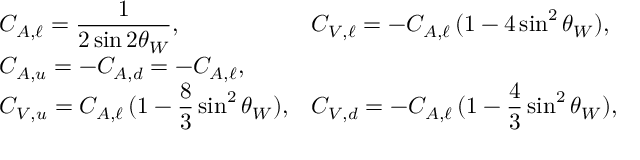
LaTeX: \begin{array} { l l } { { C _ { A , \ell } = \displaystyle \frac { 1 } { 2 \sin 2 \theta _ { W } } , } } & { { C _ { V , \ell } = - C _ { A , \ell } \, ( 1 - 4 \sin ^ { 2 } \theta _ { W } ) , } } \\ { { C _ { A , u } = - C _ { A , d } = - C _ { A , \ell } , } } & { { } } \\ { { C _ { V , u } = C _ { A , \ell } \, \displaystyle ( 1 - \frac { 8 } { 3 } \sin ^ { 2 } \theta _ { W } ) , } } & { { C _ { V , d } = - C _ { A , \ell } \, \displaystyle ( 1 - \frac { 4 } { 3 } \sin ^ { 2 } \theta _ { W } ) , } } \end{array}